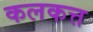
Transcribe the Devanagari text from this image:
कलकत्त